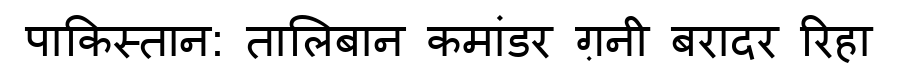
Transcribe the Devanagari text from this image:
पाकिस्तान: तालिबान कमांडर ग़नी बरादर रिहा